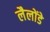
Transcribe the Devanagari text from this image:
लैलोंडे